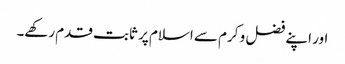
اور اپنے فضل و کرم سے اسلام پر ثابت قدم رکھے۔